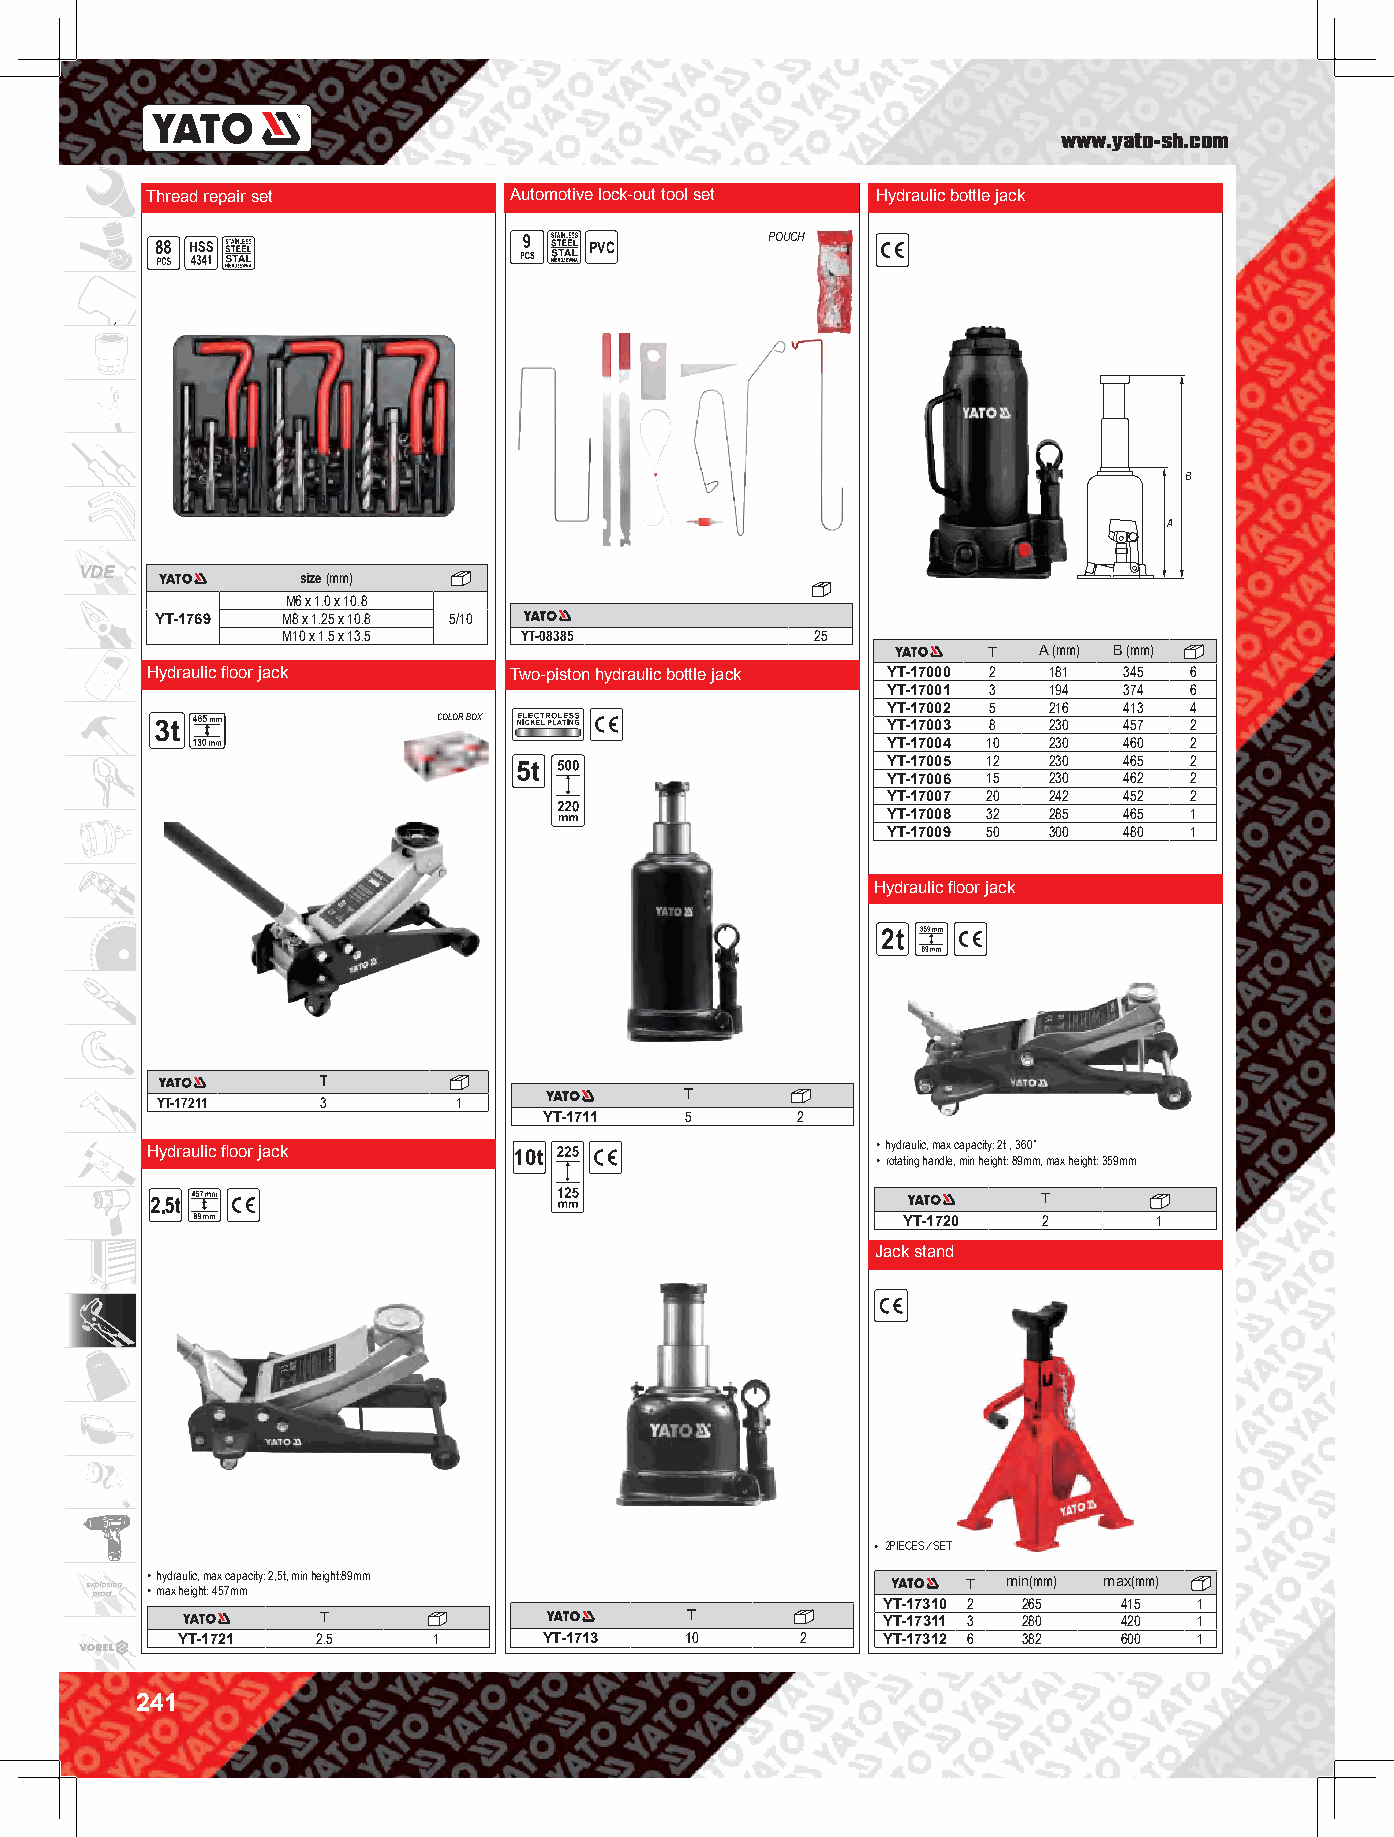
www.yato-sh.com
 Thread repair set       Automotive lock-out tool set Hydraulic bottle jack
 POUCH
 PVC
 VDE            size (mm)
 M6 x 1.0 x 10.8
 YT-1769  M8 x 1.25 x 10.8 5/10
 M10 x 1.5 x 13.5 YT-08385          25
 T   A (mm) B (mm)
 Hydraulic floor jack    Two-piston hydraulic bottle jack YT-17000 2 181 345 6
 YT-17001 3 194 374  6
 YT-17002 5 216 413  4
 COLOR BOX                     YT-17003 8 230 457  2
 YT-17004 10 230 460 2
 YT-17005 12 230 465 2
 YT-17006 15 230 462 2
 YT-17007 20 242 452 2
 YT-17008 32 285 465 1
 YT-17009 50 300 480 1
 Hydraulic floor jack
 T
 T
 YT-17211   3        1
 YT-1711  5       2
 Hydraulic floor jack                            • hydraulic, max capacity: 2t , 360˚
 • rotating handle, min height: 89mm, max height: 359mm
 T
 YT-1720  2       1
 Jack stand
 • 2PIECES/SETB
 e x pp rl oo os fion • • h my ad xr a hu eli ic g, h m t: a 4x 5 7c map macity: 2,5t, min height:89mm T min(mm) max(mm)
 YT-17310 2 265  415  1
 T                       T            YT-17311 3 280  420  1
 YT-1721  2.5     1      YT-1713  10      2    YT-17312 6 382  600  1
 241